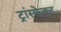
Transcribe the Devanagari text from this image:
ट्रांस्फ़ेक्ट